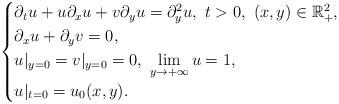
LaTeX: \begin{align*}\begin{cases}\partial_t u + u \partial_x u + v\partial_y u= \partial^2_y u,\,\, t>0,\,\, (x, y)\in\mathbb{R}^2_+, \\\partial_x u +\partial_y v =0, \\u|_{y=0} = v|_{y=0} =0 , \ \lim\limits_{y\to+\infty} u =1, \\u|_{t=0} =u_0(x, y).\end{cases}\end{align*}